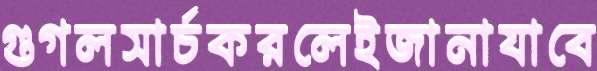
গুগলসার্চকরলেইজানাযাবে